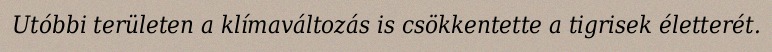
Utóbbi területen a klímaváltozás is csökkentette a tigrisek életterét.